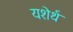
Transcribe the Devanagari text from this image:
यशेर्थ